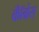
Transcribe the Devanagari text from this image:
कॉँँग्रेस्